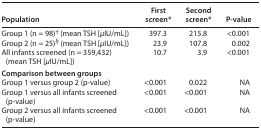
<table><thead><tr><td><b>Population</b></td><td><b>First screen*</b></td><td><b>Second screen*</b></td><td><b>P-value</b></td></tr></thead><tbody><tr><td>Group 1 (n = 98)<sup>†</sup> (mean TSH [<i>μ</i>IU/mL])</td><td>397.3</td><td>215.8</td><td>&lt;0.001</td></tr><tr><td>Group 2 (n = 25)<sup>§</sup> (mean TSH [<i>μ</i>IU/mL])</td><td>23.9</td><td>107.8</td><td>0.002</td></tr><tr><td>All infants screened (n = 359,432) (mean TSH [<i>μ</i>IU/mL])</td><td>10.7</td><td>3.9</td><td>&lt;0.001</td></tr><tr><td colspan="4"><b>Comparison between groups</b></td></tr><tr><td>Group 1 versus group 2 (p-value)</td><td>&lt;0.001</td><td>0.022</td><td>NA</td></tr><tr><td>Group 1 versus all infants screened (p-value)</td><td>&lt;0.001</td><td>&lt;0.001</td><td>NA</td></tr><tr><td>Group 2 versus all infants screened (p-value)</td><td>&lt;0.001</td><td>&lt;0.001</td><td>NA</td></tr></tbody></table>